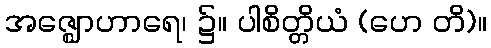
အဇ္ဈောဟာရေ၊ ၌။ ပါစိတ္တိယံ (ဟေ တိ)။